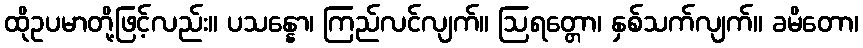
ထိုဥပမာတို့ဖြင့်လည်း။ ပသန္နော၊ ကြည်လင်လျက်။ ဩရတ္တော၊ နှစ်သက်လျက်။ ခမိတော၊